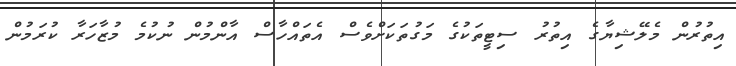
އިތުރުން މެލޭޝިޔާގެ އިތުރު ސިޓީތަކުގެ މަގުތަކަށްވެސް އެތައްހާސް އާންމުން ނުކުމެ މުޒާހަރާ ކުރަމުން